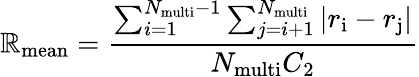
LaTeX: {\mathbb{R}_{\mathrm{{mean}}}}={\frac{{\sum_{i=1}^{{N_{\mathrm{{multi}}}}-1}\sum_{j=i+1}^{N_{\mathrm{{multi}}}}|{r_{\mathrm{{i}}}}-{r_{\mathrm{{j}}}}|}}{{{N_{\mathrm{{multi}}}}{C_{\mathrm{{2}}}}}}}